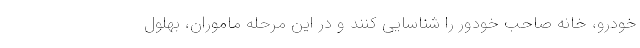
خودرو، خانه صاحب خودور را شناسایی کنند و در این مرحله ماموران، بهلول